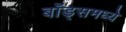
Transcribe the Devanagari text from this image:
बाँड्समध्ये